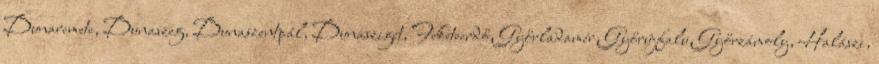
Dunaremete, Dunaszeg, Dunaszentpál, Dunasziget, Feketeerdő, Győrladamér, Győrújfalu, Győrzámoly, Halászi,